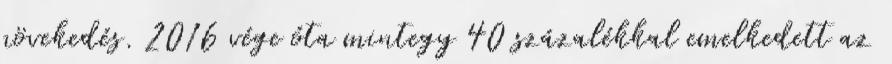
növekedés. 2016 vége óta mintegy 40 százalékkal emelkedett az